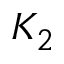
K _ { 2 }